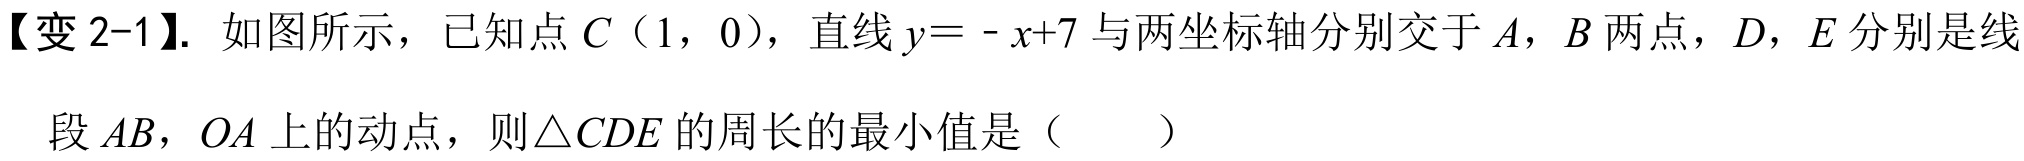
【变 2-1】. 如图所示，已知点 \(C(1,0)\)，直线 \(y = -x + 7\) 与两坐标轴分别交于 \(A\)，\(B\) 两点，\(D\)，\(E\) 分别是线
段 \(AB\)，\(OA\) 上的动点，则\(\triangle CDE\) 的周长的最小值是（  ）